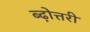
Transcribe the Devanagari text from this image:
ब्ढ़ोत्तरी